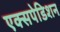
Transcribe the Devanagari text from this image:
एक्सपेडिशन